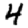
Digit: 4